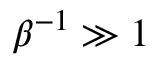
\beta ^ { - 1 } \gg 1